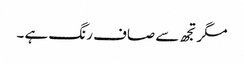
مگرتجھ سے صاف رنگ ہے ۔